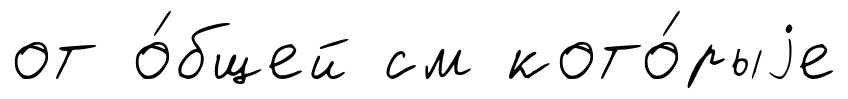
от о́бщей см кото́рыjе